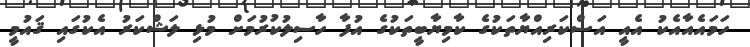
ހަމައެއާއެކު އެއީ އަސްކަރިއްޔާތަކުގެ ކާމިޔާބީތަކުގެ އުފާ ހާސިލުކުރުމަށް މުޅި ލަޝްކަރު އެކުގައި ޤައުމީ